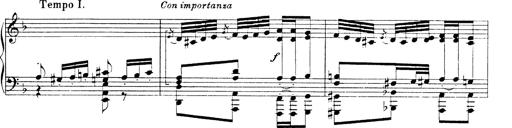
Title: Hungarian Rhapsody No.19
Composer: Franz Liszt
Key: D minor